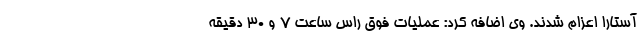
آستارا اعزام شدند. وی اضافه کرد: عملیات فوق راس ساعت ۷ و ۳۰ دقیقه